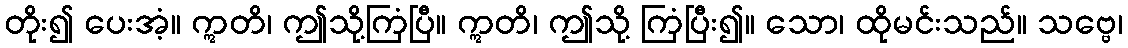
တိုး၍ ပေးအံ့။ ဣတိ၊ ဤသို့ကြံပြီ။ ဣတိ၊ ဤသို့ ကြံပြီး၍။ သော၊ ထိုမင်းသည်။ သဗ္ဗေ၊